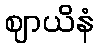
ဈာယိနံ